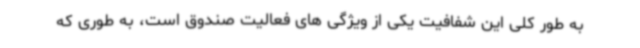
به طور کلی این شفافیت یکی از ویژگی های فعالیت صندوق است، به طوری که